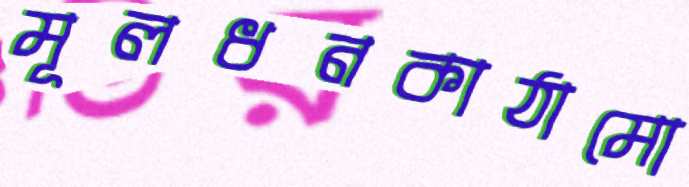
মূলধনকাঠামো